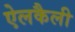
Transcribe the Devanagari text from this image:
ऐलकैली